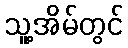
သူ့အိမ်တွင်